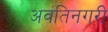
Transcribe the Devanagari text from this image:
अवंतिनगरी